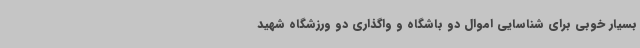
بسیار خوبی برای شناسایی اموال دو باشگاه و واگذاری دو ورزشگاه شهید